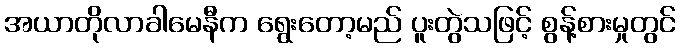
အယာတိုလာခါမေနီက ရွေးတော့မည် ပူးတွဲသဖြင့် စွန့်စားမှုတွင်